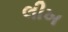
લીખ